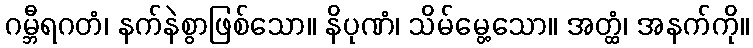
ဂမ္ဘီရဂတံ၊ နက်နဲစွာဖြစ်သော။ နိပုဏံ၊ သိမ်မွေ့သော။ အတ္ထံ၊ အနက်ကို။